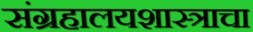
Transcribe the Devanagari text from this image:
संग्रहालयशास्त्राचा